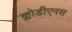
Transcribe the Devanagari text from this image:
क्लोडीएनस